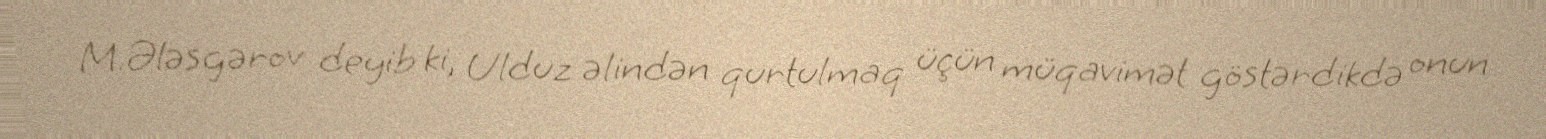
M.Ələsgərov deyib ki, Ulduz əlindən qurtulmaq üçün müqavimət göstərdikdə onun